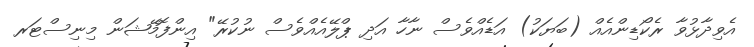
އެވިދާޅުވާ ރެކޯޑިންއެއް (ބަޔަކު) އަޑެއްވެސް ނާހާ އަދި ޕްލޭއެއްވެސް ނުކުރޭ" އިންފޮމޭޝަން މިނިސްޓަރ